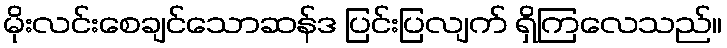
မိုးလင်းစေချင်သောဆန်ဒ ပြင်းပြလျက် ရှိကြလေသည်။